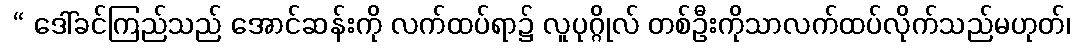
 “ ဒေါ်ခင်ကြည်သည် အောင်ဆန်းကို လက်ထပ်ရာ၌ လူပုဂ္ဂိုလ် တစ်ဦးကိုသာလက်ထပ်လိုက်သည်မဟုတ်၊